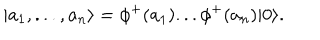
| a _ { 1 } , . . . , a _ { n } \rangle = \phi ^ { + } ( a _ { 1 } ) . . . \phi ^ { + } ( a _ { n } ) | 0 \rangle .